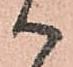
御